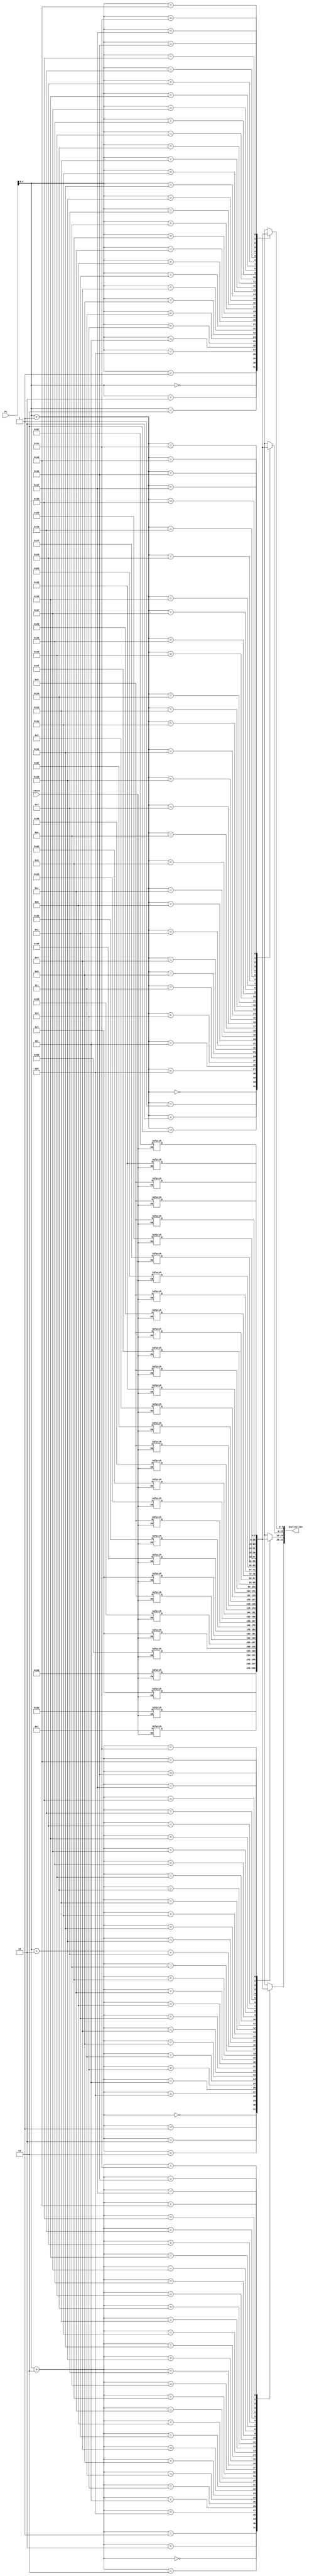
`timescale 1ns / 1ps
//Instruction Memory holds the instructions and are fetched by processor based on Program Counter
 //Each Instruction is stored as 4 8bit values = 32 bit

module Instruction_Memory(reset,PC, Instruction);

input reset;
input [31:0] PC;
output [31:0] Instruction ;

reg [7:0] memory [31:0] ;

  assign Instruction = {memory[PC+3],memory[PC+2],memory[PC+1],memory[PC]};

    // Initialise memory when reset is one
    always @(reset)
    begin
        if(reset == 1)
        begin


              //Setting 32-bit instruction: add t1, s0,s1 => 0x00940333 
           memory[3] = 8'h01;
           memory[2] = 8'h94;
           memory[1] = 8'h03;
           memory[0] = 8'h33;
           // Setting 32-bit instruction: addi t2, s2, s3 => 0x413903b3
           memory[7] = 8'h00;
           memory[6] = 8'h39;
           memory[5] = 8'h03;
           memory[4] = 8'h93;
                       // Setting 32-bit instruction: lw
           memory[11] = 8'h00;
           memory[10] = 8'h24;
           memory[9] = 8'ha6;
           memory[8] = 8'h03;
//            // Setting 32-bit instruction: sub t2, s2, s3 => 0x413903b3
//           memory[7] = 8'h41;
//           memory[6] = 8'h39;
//           memory[5] = 8'h03;
//           memory[4] = 8'hb3;
         // Setting 32-bit instruction: sw 
           memory[15] = 8'h00;
           memory[14] = 8'h36;
           memory[13] = 8'ha2;
           memory[12] = 8'h23;
            // Setting 32-bit instruction: beq 
           memory[19] = 8'h00;
           memory[18] = 8'h32;
           memory[17] = 8'h02;///****
           memory[16] = 8'h67;
// Setting 32-bit instruction: jal
           memory[23] = 8'h00;
           memory[22] = 8'h40;
           memory[21] = 8'h00;
           memory[20] = 8'hef;
//            // Setting 32-bit instruction: xor t3, s6, s7 => 0x017b4e33
//           memory[15] = 8'h01;
//           memory[14] = 8'h7b;
//           memory[13] = 8'h4e;
//           memory[12] = 8'h33;
   
             // Setting 32-bit instruction: sll t4, s8, s9
//           memory[19] = 8'h01;
//           memory[18] = 8'h9c;
//           memory[17] = 8'h1e;
//           memory[16] = 8'hb3;
           
//            // Setting 32-bit instruction: srl t5, s10, s11
//           memory[23] = 8'h01;
//           memory[22] = 8'hbd;
//           memory[21] = 8'h5f;
//           memory[20] = 8'h33;
            // Setting 32-bit instruction: and t6, a2, a3
           memory[27] = 8'h00;
           memory[26] = 8'hd6;
           memory[25] = 8'h7f;
           memory[24] = 8'hb3;
//            // Setting 32-bit instruction: or a7, a4, a5
//           memory[31] = 8'h00;
//           memory[30] = 8'hf7;
//           memory[29] = 8'h68;
//           memory[28] = 8'hb3;
             // Setting 32-bit instruction: lui x5 0x36
           memory[31] = 8'h00;
           memory[30] = 8'h00;
           memory[29] = 8'h32;
           memory[28] = 8'hb7;
             
           
        end
    end

endmodule